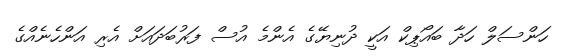
ހަންސަލް ހަދާ ބައޯޕިކް އަކީ ދުނިޔޭގެ އެންމެ އުސް ފަރުބަދައަށް އެރި އަންހެނެއްގެ